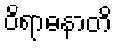
ဝိရာဓနာတိ